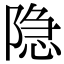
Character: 隐